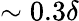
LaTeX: \sim 0.3\delta